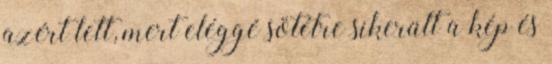
azért lett, mert eléggé sötétre sikerült a kép és